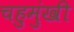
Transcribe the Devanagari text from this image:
चहुमुंखी